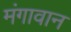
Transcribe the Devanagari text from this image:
मंगावान